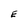
Character: E